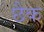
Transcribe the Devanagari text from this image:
छैक